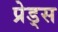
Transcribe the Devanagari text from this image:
प्रेड्स